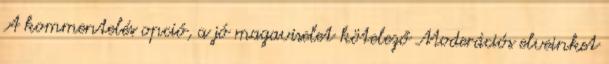
A kommentelés opció, a jó magaviselet kötelező Moderációs elveinket